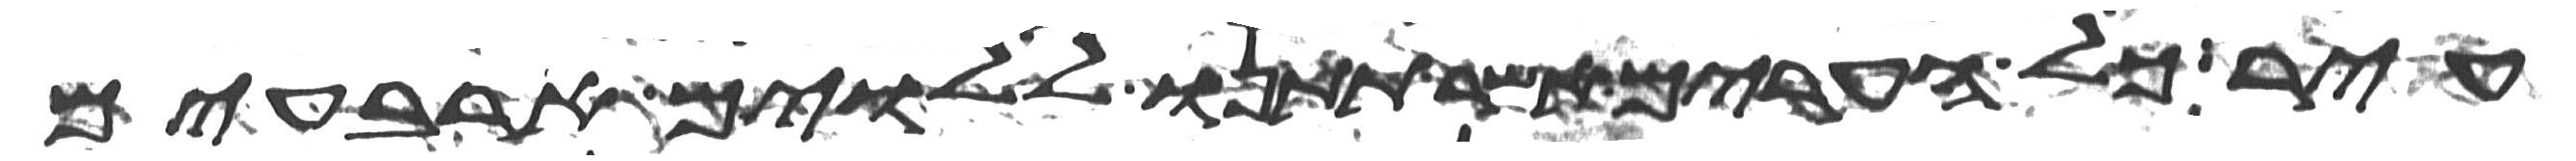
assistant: עיר כל הערים אשר תתנו ללוים ארבעים